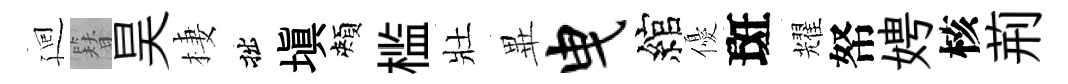
廻簪昊棲拙填頰槛壯𭺾曳綰優斑耀帑娉核荊